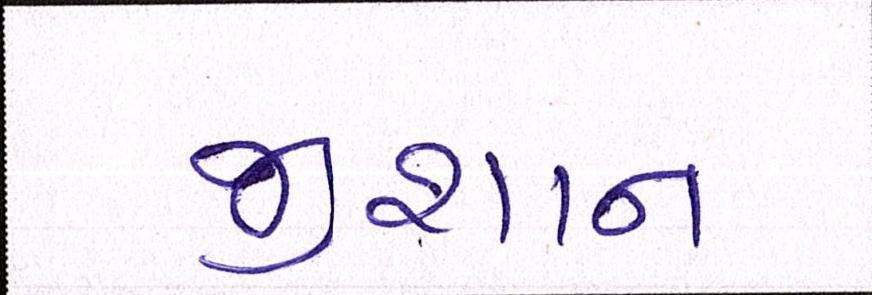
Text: જીશાન